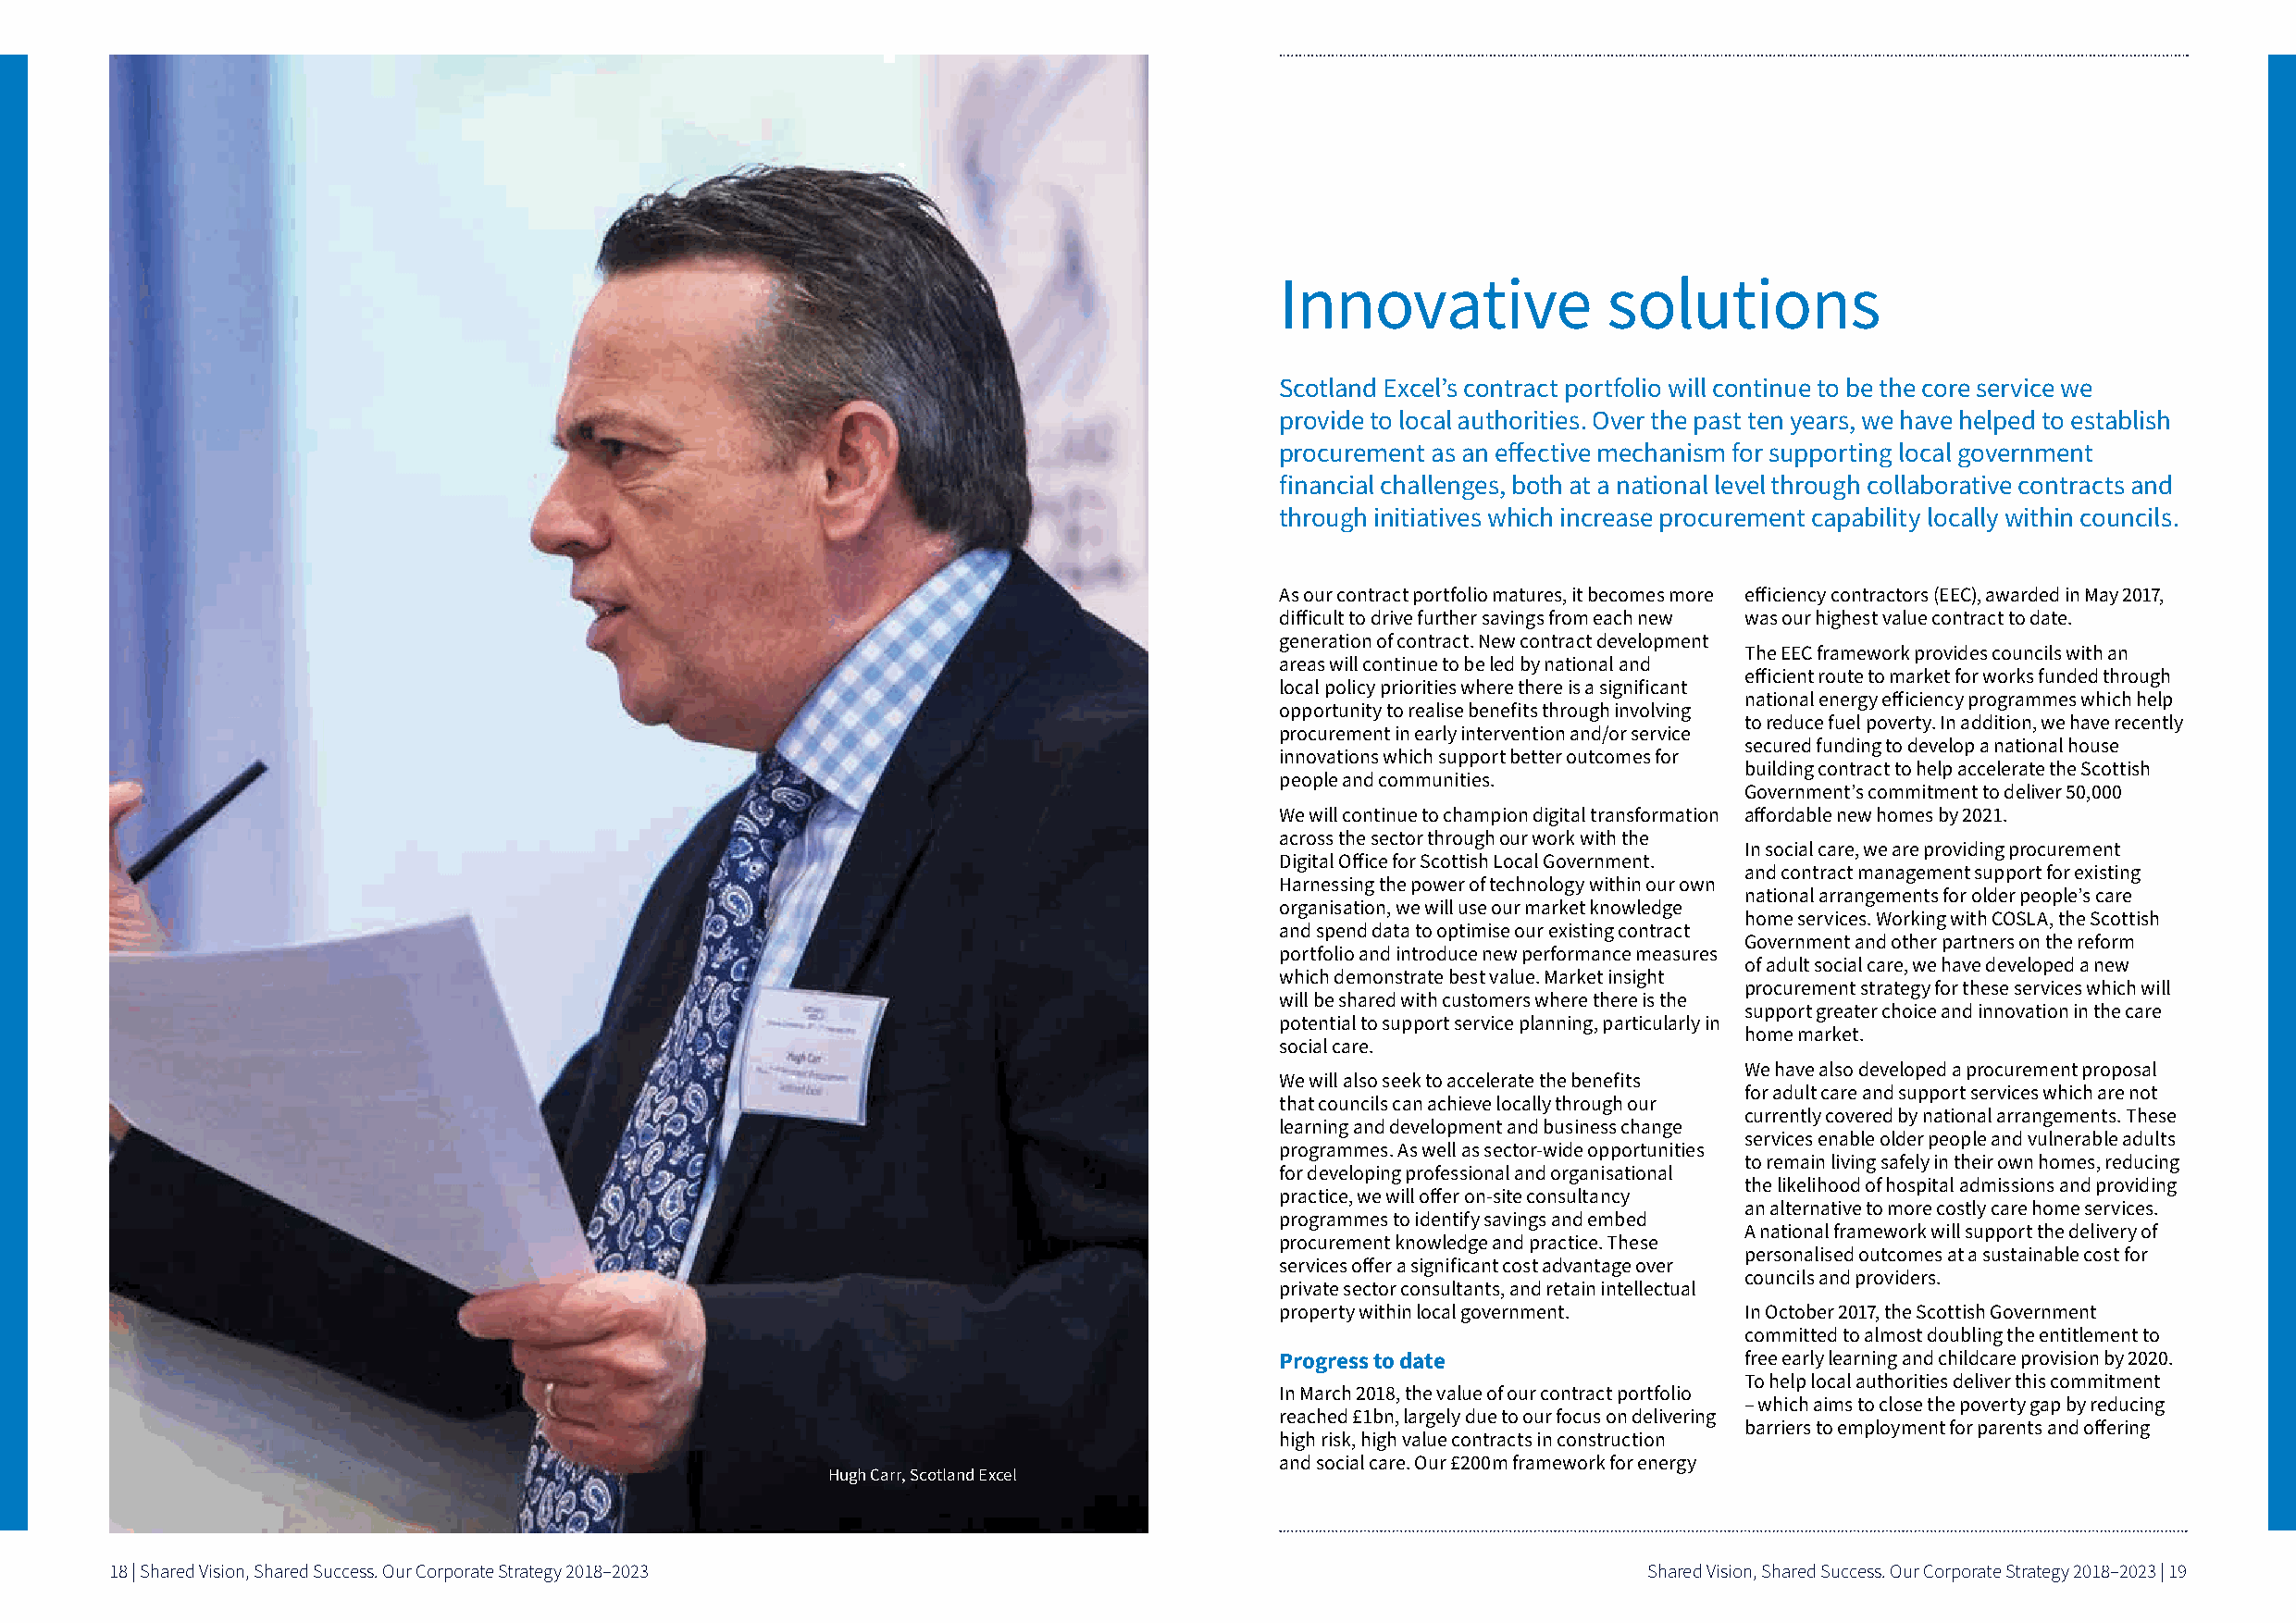
Innovative              solutions
 Scotland Excel’s contract portfolio will continue to be the core service we
 provide to local authorities Over the past ten years, we have helped to establish
 procurement as an effective mechanism for supporting local government
 financial challenges, both at a national level through collaborative contracts and
 through initiatives which increase procurement capability locally within councils
 As our contract portfolio matures, it becomes more efficiency contractors (EEC), awarded in May 2017,
 difficult to drive further savings from each new was our highest value contract to date
 generation of contract New contract development
 The EEC framework provides councils with an
 areas will continue to be led by national and
 efficient route to market for works funded through
 local policy priorities where there is a significant
 national energy efficiency programmes which help
 opportunity to realise benefits through involving
 to reduce fuel poverty In addition, we have recently
 procurement in early intervention and/or service
 secured funding to develop a national house
 innovations which support better outcomes for
 building contract to help accelerate the Scottish
 people and communities
 Government’s commitment to deliver 50,000
 We will continue to champion digital transformation affordable new homes by 2021
 across the sector through our work with the
 In social care, we are providing procurement
 Digital Office for Scottish Local Government
 and contract management support for existing
 Harnessing the power of technology within our own
 national arrangements for older people’s care
 organisation, we will use our market knowledge
 home services Working with COSLA, the Scottish
 and spend data to optimise our existing contract
 Government and other partners on the reform
 portfolio and introduce new performance measures
 of adult social care, we have developed a new
 which demonstrate best value Market insight
 procurement strategy for these services which will
 will be shared with customers where there is the
 support greater choice and innovation in the care
 potential to support service planning, particularly in
 home market
 social care
 We have also developed a procurement proposal
 We will also seek to accelerate the benefits
 for adult care and support services which are not
 that councils can achieve locally through our
 currently covered by national arrangements These
 learning and development and business change
 services enable older people and vulnerable adults
 programmes As well as sector-wide opportunities
 to remain living safely in their own homes, reducing
 for developing professional and organisational
 the likelihood of hospital admissions and providing
 practice, we will offer on-site consultancy
 an alternative to more costly care home services
 programmes to identify savings and embed
 A national framework will support the delivery of
 procurement knowledge and practice These
 personalised outcomes at a sustainable cost for
 services offer a significant cost advantage over
 councils and providers
 private sector consultants, and retain intellectual
 property within local government  In October 2017, the Scottish Government
 committed to almost doubling the entitlement to
 Progress to date                  free early learning and childcare provision by 2020
 To help local authorities deliver this commitment
 In March 2018, the value of our contract portfolio
 – which aims to close the poverty gap by reducing
 reached £1bn, largely due to our focus on delivering
 barriers to employment for parents and offering
 high risk, high value contracts in construction
 and social care Our £200m framework for energy
 Hugh Carr, Scotland Excel
 18 | Shared Vision, Shared Success. Our Corporate Strategy 2018–2023                                          Shared Vision, Shared Success. Our Corporate Strategy 2018–2023 | 19